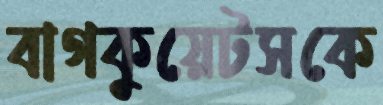
বাগকুয়েটসকে